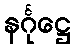
နင်္ဂုဋ္ဌေ